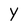
Character: Y